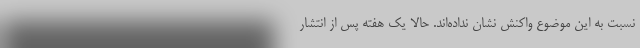
نسبت به این موضوع واکنش نشان نداده‌اند. حالا یک هفته پس از انتشار